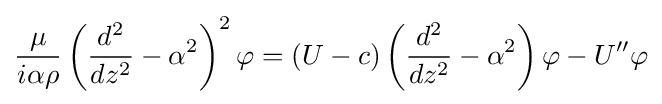
{\frac {\mu }{i\alpha \rho }}\left({d^{2} \over dz^{2}}-\alpha ^{2}\right)^{2}\varphi =(U-c)\left({d^{2} \over dz^{2}}-\alpha ^{2}\right)\varphi -U''\varphi